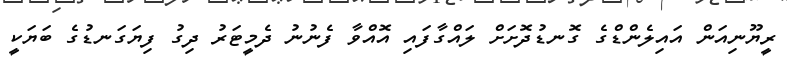
ރީޔޫނިއަން އައިލެންޑްގެ ގޮނޑުދޮށަށް ލައްގާފައި އޮއްވާ ފެނުނު ދެމީޓަރު ދިގު ފިޔަގަނޑުގެ ބަޔަކީ